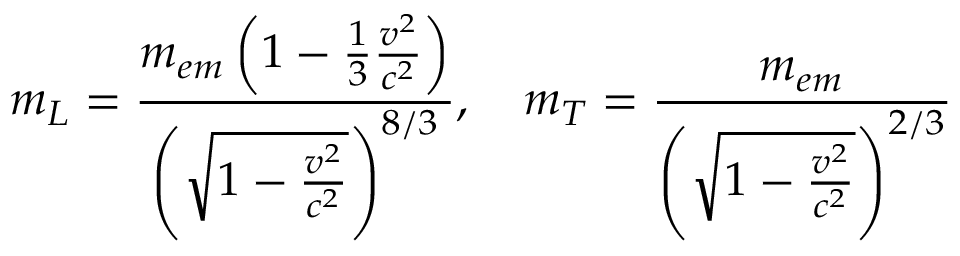
m _ { L } = { \frac { m _ { e m } \left( 1 - { \frac { 1 } { 3 } } { \frac { v ^ { 2 } } { c ^ { 2 } } } \right) } { \left( { \sqrt { 1 - { \frac { v ^ { 2 } } { c ^ { 2 } } } } } \right) ^ { 8 / 3 } } } , \quad m _ { T } = { \frac { m _ { e m } } { \left( { \sqrt { 1 - { \frac { v ^ { 2 } } { c ^ { 2 } } } } } \right) ^ { 2 / 3 } } }